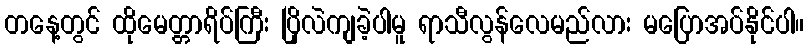
တနေ့တွင် ထိုမေတ္တာရိပ်ကြီး ပြိုလဲကျခဲ့ပါမူ ရာသီလွန်လေမည်လား မပြောအပ်နိုင်ပါ။